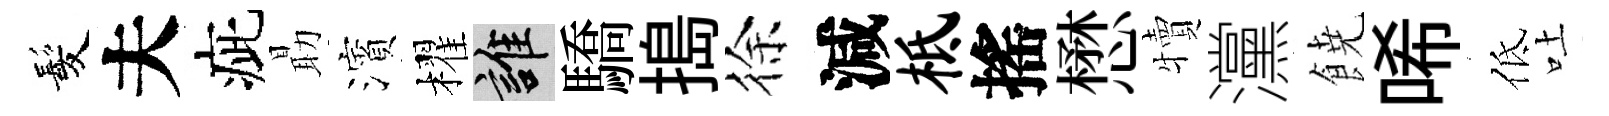
髪夫疵朂濱櫂誰驕搗徐減柢搖懋犢灙𩜙唏低吐